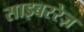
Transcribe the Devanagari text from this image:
साइबररेज़